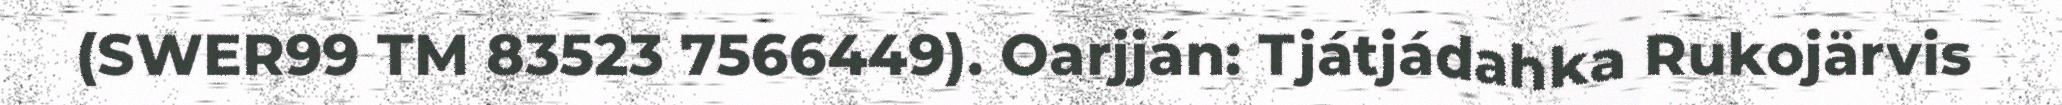
(SWER99 TM 83523 7566449). Oarjján: Tjátjádahka Rukojärvis